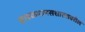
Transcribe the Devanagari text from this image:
ग्राहकमानसशास्त्रावरील